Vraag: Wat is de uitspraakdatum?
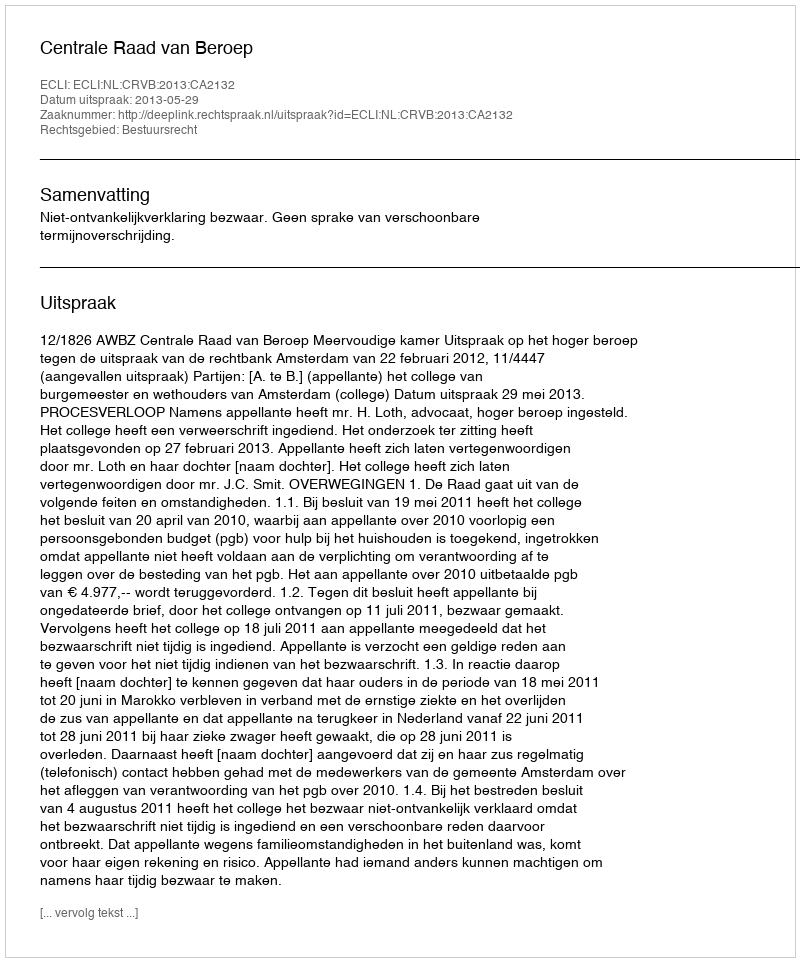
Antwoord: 2013-05-29